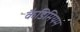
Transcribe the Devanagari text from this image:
कैडिमियम